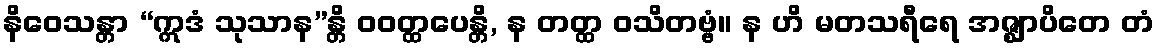
နိဝေသန္တာ “ဣဒံ သုသာန”န္တိ ဝဝတ္ထပေန္တိ, န တတ္ထ ဝသိတဗ္ဗံ။ န ဟိ မတသရီရေ အဇ္ဈာပိတေ တံ